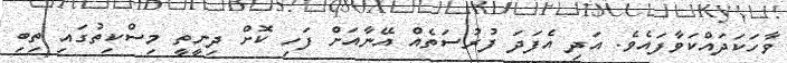
ވާހަކަދައްކަވާފައެވެ. އަދި އެފަދަ ފުރުސަތެއް އޭނާއަށް ފަހި ކޮށް ދިނީތީ މިސްކިތުގައި ތިބި